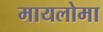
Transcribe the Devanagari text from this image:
मायलोमा